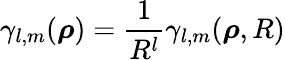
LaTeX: \gamma_{l,m}({\boldsymbol\rho})=\frac{1}{R^{l}}\gamma_{l,m}({\boldsymbol\rho},R)